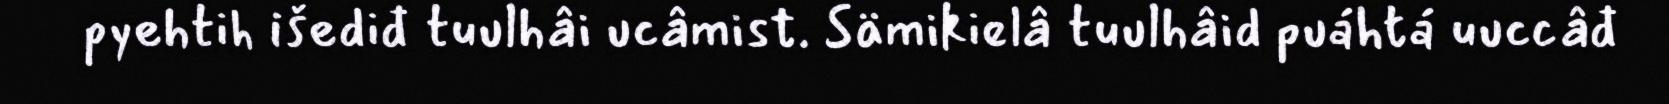
pyehtih išediđ tuulhâi ucâmist. Sämikielâ tuulhâid puáhtá uuccâđ